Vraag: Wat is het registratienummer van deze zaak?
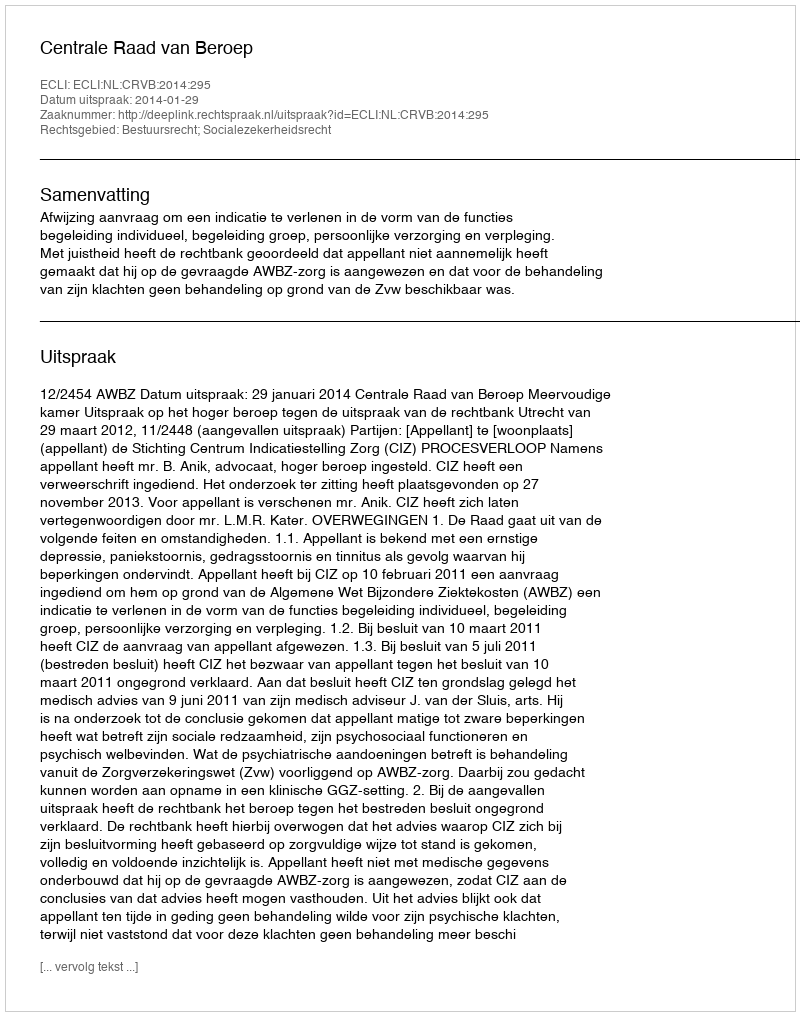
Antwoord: http://deeplink.rechtspraak.nl/uitspraak?id=ECLI:NL:CRVB:2014:295